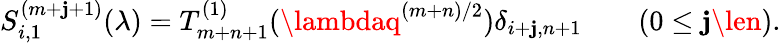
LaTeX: S_{i,1}^{(m+\mathbf{j}+1)}(\lambda)=T_{m+n+1}^{(1)}(\lambdaq^{(m+n)/2})\delta_{i+\mathbf{j},n+1}\qquad(0\le\mathbf{j}\len).